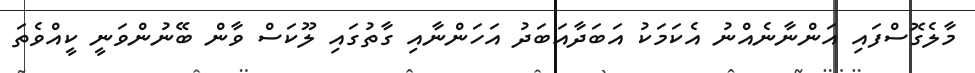
މާލެގޮސްފައި އަންނާނެއްނު އެކަމަކު އަބަދާއަބަދު އަހަންނާއި ގާތުގައި ލޫކަސް ވާން ބޭނުންވަނީ ކީއްވެތަ